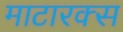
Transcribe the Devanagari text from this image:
माटारक्स